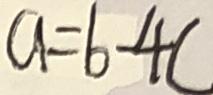
a = b - 4 c